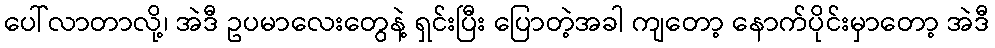
ပေါ်လာတာလို့၊ အဲဒီ ဥပမာလေးတွေနဲ့ ရှင်းပြီး ပြောတဲ့အခါ ကျတော့ နောက်ပိုင်းမှာတော့ အဲဒီ